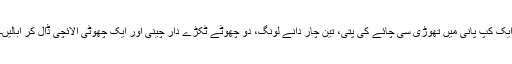
ایک کپ پانی میں تھوڑی سی چائے کی پتی، تین چار دانے لونگ، دو چھوٹے ٹکڑے دار چینی اور ایک چھوٹی الائچی ڈال کر ابالیں۔